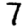
Digit: 7